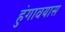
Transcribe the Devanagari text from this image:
हुंगावयास